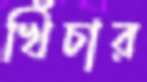
খিঁচার